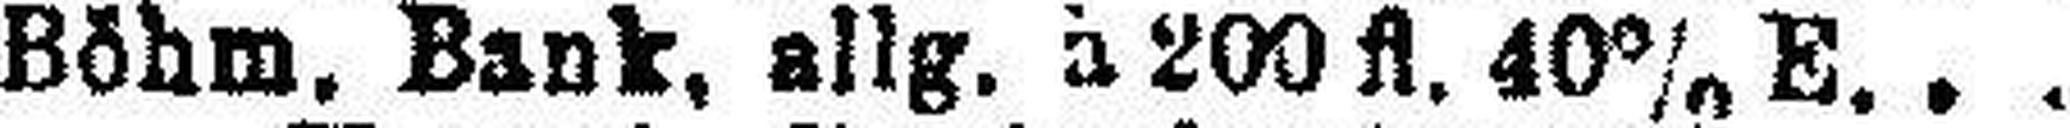
Böhm. Bank, allg. à 200 fl. 40% E.